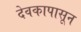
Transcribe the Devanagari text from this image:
देवकापासून